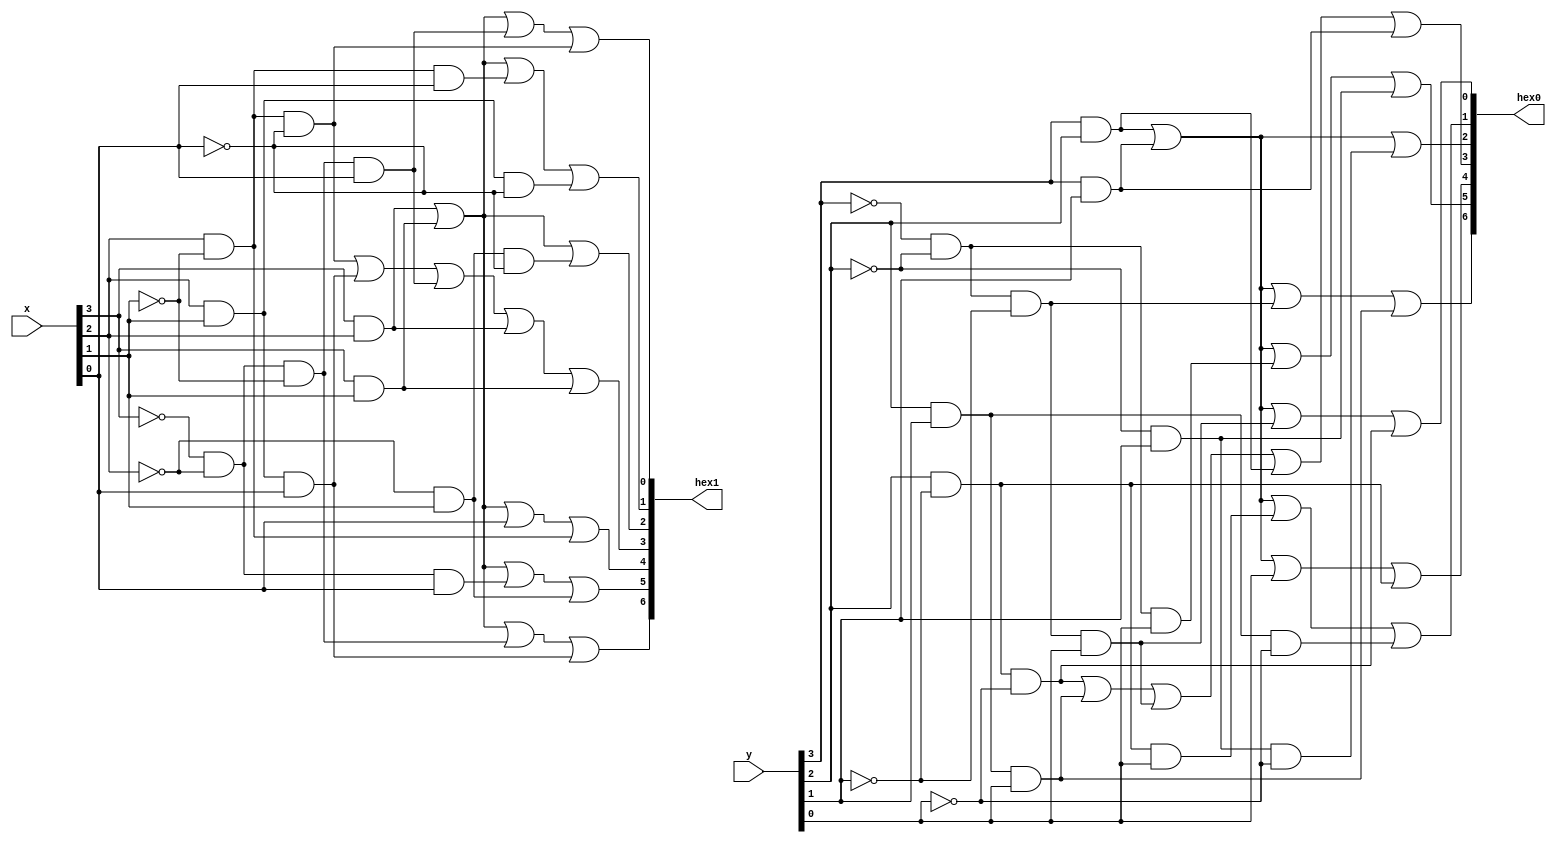
module sevevenseg(hex1,hex0,x,y);

input wire [3:0] x,y;
output wire [6:0] hex1,hex0;

assign hex1[6] = (x[3]&x[2])|(x[3]&x[1])|(~x[3]&~x[2]&~x[1])|(x[2]&x[1]&x[0]);
assign hex1[5] = (x[3]&x[2])|(x[3]&x[1])|(~x[3]&~x[2]&x[0])|(~x[2]&x[1]);
assign hex1[4] = (x[3]&x[2])|(x[3]&x[1])|(x[0])|(x[2]&~x[1]);
assign hex1[3] = (x[2]&~x[1]&~x[0])|(x[2]&x[1]&x[0])|(~x[3]&~x[2]&~x[1]&x[0])|(x[3]&x[2])|(x[3]&x[1]);
assign hex1[2] = (x[3]&x[2])|(x[3]&x[1])|(~x[2]&x[1]&~x[0]);
assign hex1[1] = (x[3]&x[2])|(x[3]&x[1])|(x[2]&~x[1]&x[0])|(x[2]&x[1]&~x[0]);
assign hex1[0] = (x[3]&x[2])|(x[3]&x[1])|(~x[3]&~x[2]&~x[1]&x[0])|(x[2]&~x[1]&~x[0]);

assign hex0[6] = (y[3]&y[2])|(y[3]&y[1])|(~y[3]&~y[2]&~y[1])|(y[2]&y[1]&y[0]);
assign hex0[5] = (y[3]&y[2])|(y[3]&y[1])|(~y[3]&~y[2]&y[0])|(~y[2]&y[1]);
assign hex0[4] = (y[3]&y[2])|(y[3]&y[1])|(y[0])|(y[2]&~y[1]);
assign hex0[3] = (y[2]&~y[1]&~y[0])|(y[2]&y[1]&y[0])|(~y[3]&~y[2]&~y[1]&y[0])|(y[3]&y[2])|(y[3]&y[1]);
assign hex0[2] = (y[3]&y[2])|(y[3]&y[1])|(~y[2]&y[1]&~y[0]);
assign hex0[1] = (y[3]&y[2])|(y[3]&y[1])|(y[2]&~y[1]&y[0])|(y[2]&y[1]&~y[0]);
assign hex0[0] = (y[3]&y[2])|(y[3]&y[1])|(~y[3]&~y[2]&~y[1]&y[0])|(y[2]&~y[1]&~y[0]);

endmodule